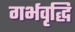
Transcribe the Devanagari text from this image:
गर्भवृद्धि